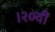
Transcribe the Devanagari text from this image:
।२०वीं